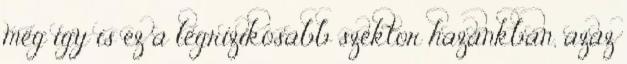
még így is ez a legrizikósabb szektor hazánkban, azaz